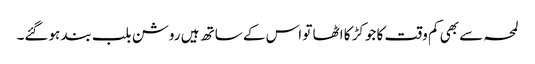
لمحہ سے بھی کم وقت کا جوکڑ کا اٹھا تو اس کے ساتھ ہیں روشن بلب بند ہوگئے۔